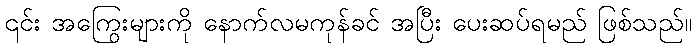
၎င်း အကြွေးများကို နောက်လမကုန်ခင် အပြီး ပေးဆပ်ရမည် ဖြစ်သည်။